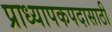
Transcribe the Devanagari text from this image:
प्राध्यापकपदासाठी